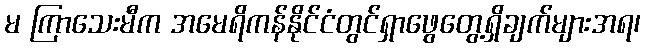
မ ကြာသေးမီက အမေရိကန်နိုင်ငံတွင်ရှာဖွေတွေ့ရှိချက်များအရ၊